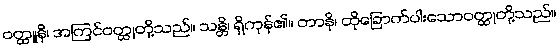
ဝတ္ထူနိ၊ အကြင်ဝတ္ထုတို့သည်။ သန္တိ၊ ရှိကုန်၏။ တာနိ၊ ထိုခြောက်ပါးသောဝတ္ထုတို့သည်။